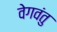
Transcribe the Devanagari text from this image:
वेगवंतु